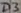
Text: D3